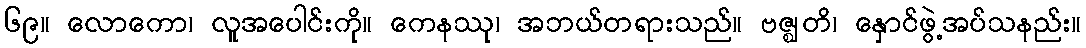
၆၉။ လောကော၊ လူအပေါင်းကို။ ကေနဿု၊ အဘယ်တရားသည်။ ဗဇ္ဈတိ၊ နှောင်ဖွဲ့အပ်သနည်း။